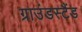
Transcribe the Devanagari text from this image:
ग्राउंडस्टैंड